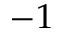
- 1